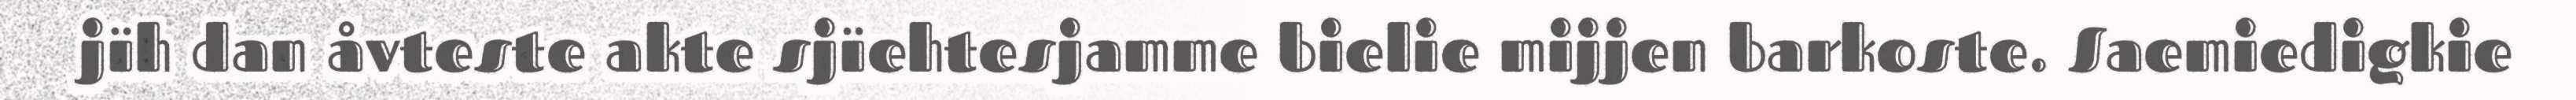
jïh dan åvteste akte sjïehtesjamme bielie mijjen barkoste. Saemiedigkie